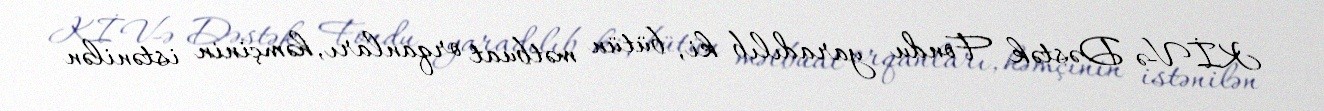
KİV-ə Dəstək Fondu yaradılıb ki, bütün mətbuat orqanları, həmçinin istənilən